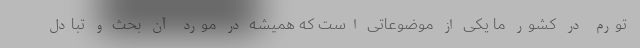
تورم در کشور ما یکی از موضوعاتی است که همیشه در مورد آن بحث و تبادل